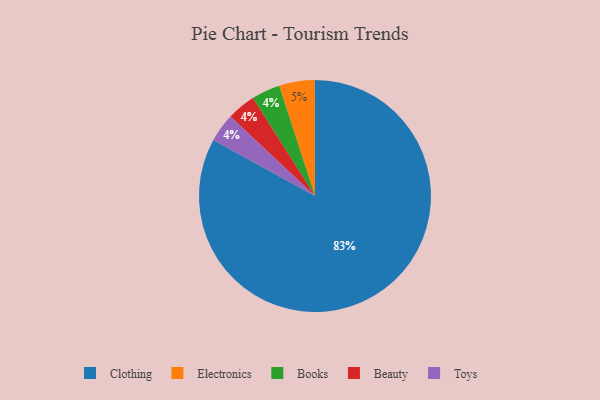
{"axis": {"x": "Category", "y": "Percentage"}, "legend": ["Beauty", "Books", "Clothing", "Electronics", "Toys"], "data": [{"x": "Electronics", "y": 5, "type": "Electronics"}, {"x": "Clothing", "y": 83, "type": "Clothing"}, {"x": "Books", "y": 4, "type": "Books"}, {"x": "Beauty", "y": 4, "type": "Beauty"}, {"x": "Toys", "y": 4, "type": "Toys"}]}